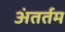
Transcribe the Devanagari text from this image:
अंतर्तम